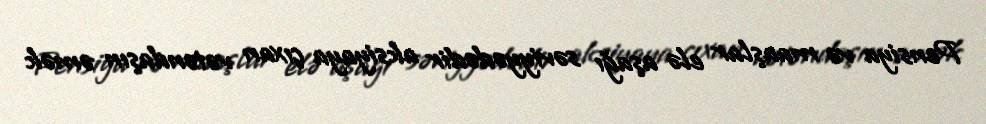
Pensiya və maaşlar elə aşağı səviyyədədir aksiyaya çıxan vətəndaşın əmək